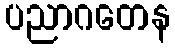
ပညာဂတေန